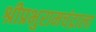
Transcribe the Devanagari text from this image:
श्रीप्रभुरामचंद्राला